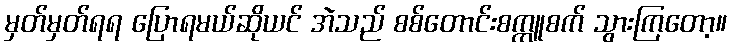
မှတ်မှတ်ရရ ပြောရမယ်ဆိုယင် အဲသည် စစ်တောင်းစက္ကူစက် သွားကြတော့။